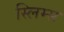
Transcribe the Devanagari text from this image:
स्लिम्स